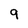
Character: 9